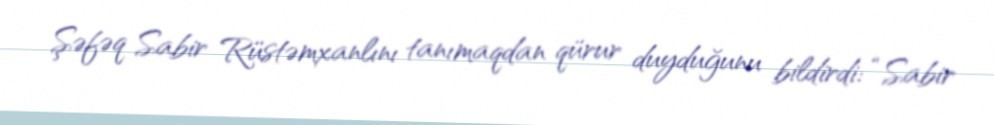
Şəfəq Sabir Rüstəmxanlını tanımaqdan qürur duyduğunu bildirdi: “Sabir